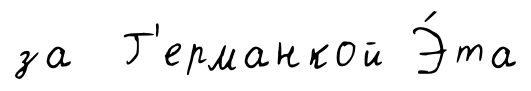
за Г'ерманкой Э́та